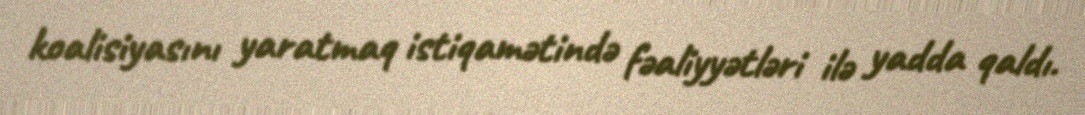
koalisiyasını yaratmaq istiqamətində fəaliyyətləri ilə yadda qaldı.